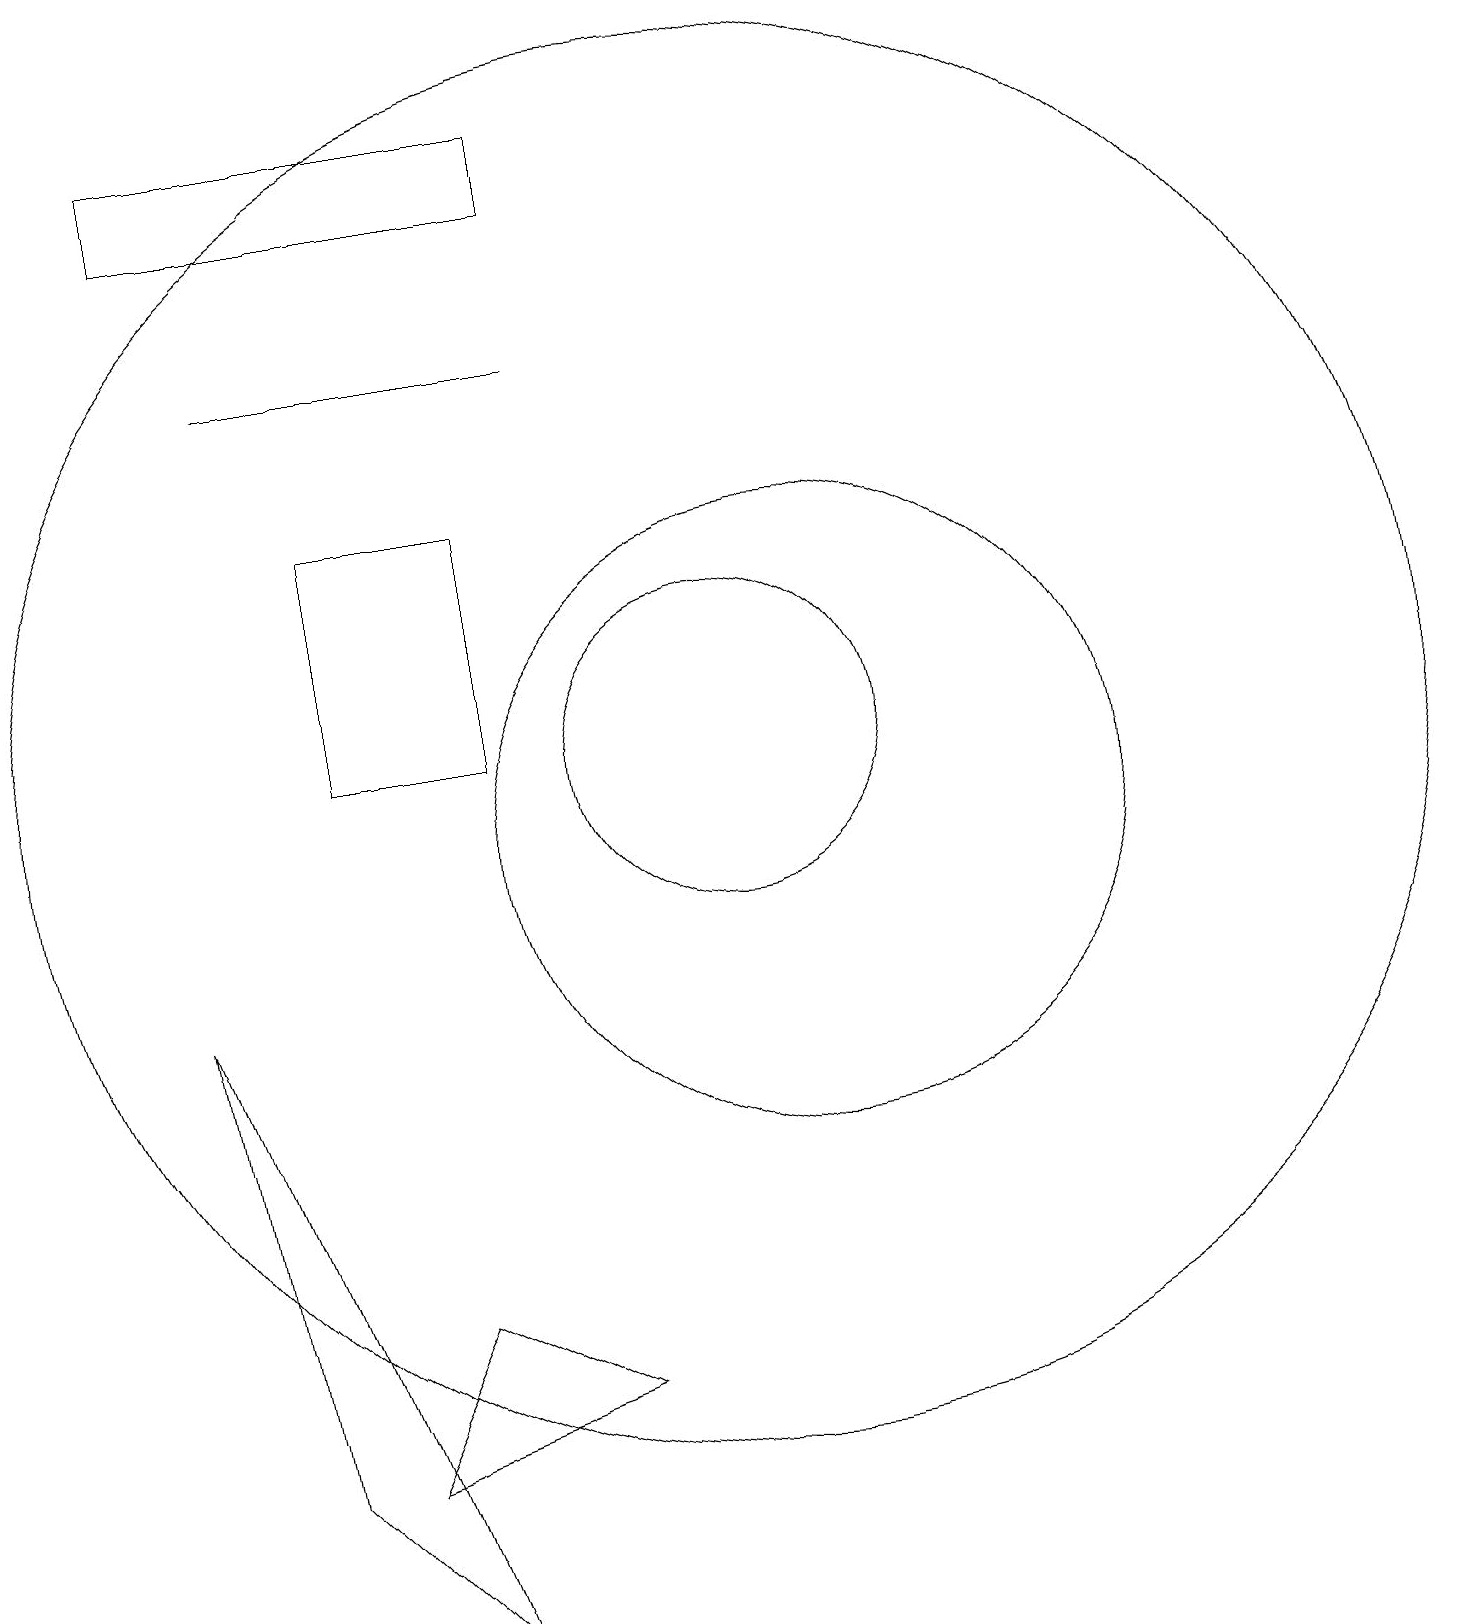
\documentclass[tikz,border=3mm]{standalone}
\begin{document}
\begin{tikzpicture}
\draw (10,11) circle (2);
\draw (5,11) rectangle (7,14);
\draw (8,16) rectangle (4,16);
\draw (8,3) -- (6,4) -- (5,2) -- cycle;
\draw (6,0) -- (3,8) -- (4,2) -- cycle;
\draw (11,10) circle (4);
\draw (8,19) rectangle (3,18);
\draw (10,11) circle (9);
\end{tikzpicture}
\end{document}